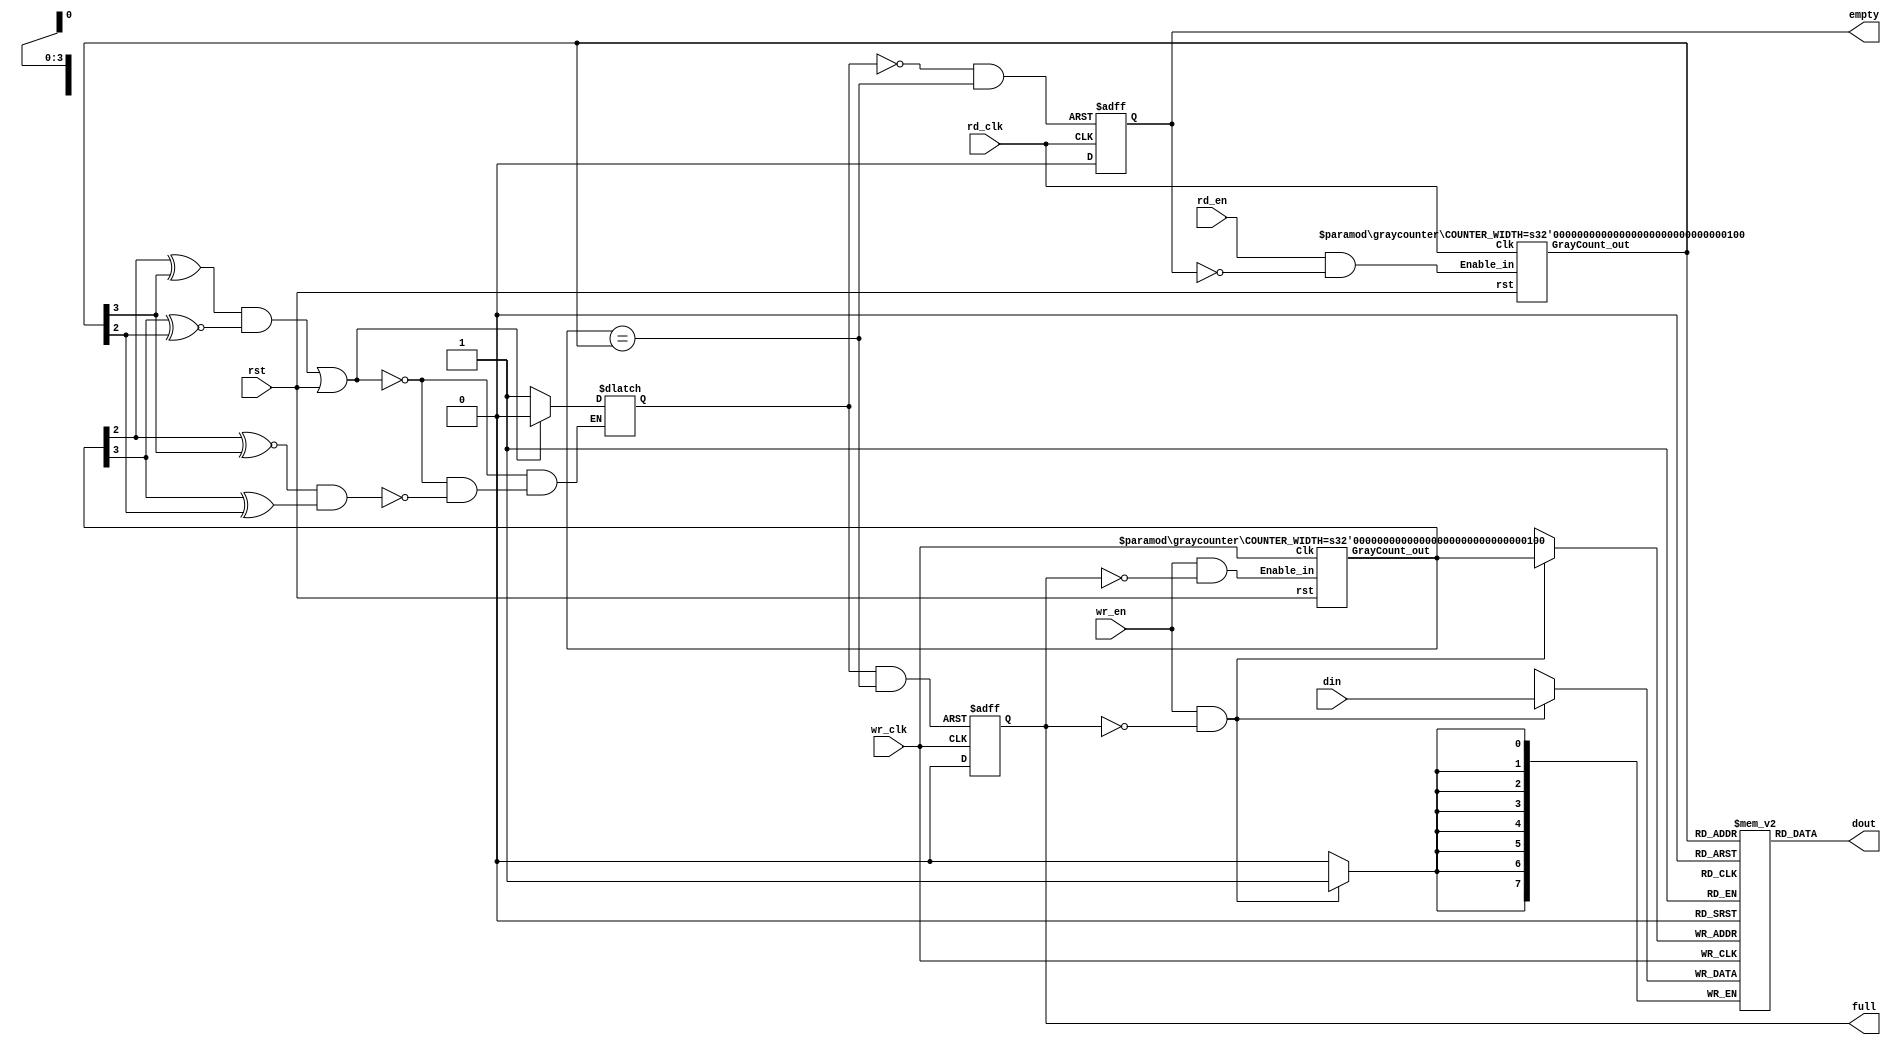
//==========================================
// Function : Asynchronous FIFO (w/ 2 asynchronous clocks).
// Coder    : Alex Claros F.
// Notes    : This implementation is based on the article 
//            'Asynchronous FIFO in Virtex-II FPGAs'
//            writen by Peter Alfke. This TechXclusive 
//            article can be downloaded from the
//            Xilinx website. It has some minor modifications.
//=========================================

`timescale 1ns / 1ps

module asfifo
  #(parameter    DATA_WIDTH    = 8,
                 ADDRESS_WIDTH = 4,
                 FIFO_DEPTH    = (1 << ADDRESS_WIDTH))
     //Reading port
    (output wire [DATA_WIDTH-1:0]        dout, 
     output reg                          empty,
     input wire                          rd_en,
     input wire                          rd_clk,        
     //Writing port.	 
     input wire  [DATA_WIDTH-1:0]        din,  
     output reg                          full,
     input wire                          wr_en,
     input wire                          wr_clk,
     
     input wire                          rst);

    /////Internal connections & variables//////
    reg   [DATA_WIDTH-1:0]              Mem [FIFO_DEPTH-1:0];
    wire  [ADDRESS_WIDTH-1:0]           pNextWordToWrite, pNextWordToRead;
    wire                                EqualAddresses;
    wire                                NextWriteAddressEn, NextReadAddressEn;
    wire                                Set_Status, Rst_Status;
    reg                                 Status;
    wire                                PresetFull, PresetEmpty;
    
    //////////////Code///////////////
    //Data ports logic:
    //(Uses a dual-port RAM).
    //'dout' logic:
    assign  dout = Mem[pNextWordToRead];
//    always @ (posedge rd_clk)
//        if (!PresetEmpty)
//            dout <= Mem[pNextWordToRead];
//        if (rd_en & !empty)
            
    //'din' logic:
    always @ (posedge wr_clk)
        if (wr_en & !full)
            Mem[pNextWordToWrite] <= din;

    //Fifo addresses support logic: 
    //'Next Addresses' enable logic:
    assign NextWriteAddressEn = wr_en & ~full;
    assign NextReadAddressEn  = rd_en  & ~empty;
           
    //Addreses (Gray counters) logic:
    graycounter #(
		.COUNTER_WIDTH( ADDRESS_WIDTH )
    ) GrayCounter_pWr (
        .GrayCount_out(pNextWordToWrite),
        .Enable_in(NextWriteAddressEn),
        .rst(rst),
        
        .Clk(wr_clk)
       );
       
    graycounter #(
		.COUNTER_WIDTH( ADDRESS_WIDTH )
    ) GrayCounter_pRd (
        .GrayCount_out(pNextWordToRead),
        .Enable_in(NextReadAddressEn),
        .rst(rst),
        .Clk(rd_clk)
       );
     

    //'EqualAddresses' logic:
    assign EqualAddresses = (pNextWordToWrite == pNextWordToRead);

    //'Quadrant selectors' logic:
    assign Set_Status = (pNextWordToWrite[ADDRESS_WIDTH-2] ~^ pNextWordToRead[ADDRESS_WIDTH-1]) &
                         (pNextWordToWrite[ADDRESS_WIDTH-1] ^  pNextWordToRead[ADDRESS_WIDTH-2]);
                            
    assign Rst_Status = (pNextWordToWrite[ADDRESS_WIDTH-2] ^  pNextWordToRead[ADDRESS_WIDTH-1]) &
                         (pNextWordToWrite[ADDRESS_WIDTH-1] ~^ pNextWordToRead[ADDRESS_WIDTH-2]);
                         
    //'Status' latch logic:
    always @ (Set_Status, Rst_Status, rst) //D Latch w/ Asynchronous Clear & Preset.
        if (Rst_Status | rst)
            Status = 0;  //Going 'Empty'.
        else if (Set_Status)
            Status = 1;  //Going 'Full'.
            
    //'full' logic for the writing port:
    assign PresetFull = Status & EqualAddresses;  //'Full' Fifo.
    
    always @ (posedge wr_clk, posedge PresetFull) //D Flip-Flop w/ Asynchronous Preset.
        if (PresetFull)
            full <= 1;
        else
            full <= 0;
            
    //'empty' logic for the reading port:
    assign PresetEmpty = ~Status & EqualAddresses;  //'Empty' Fifo.
    
    always @ (posedge rd_clk, posedge PresetEmpty)  //D Flip-Flop w/ Asynchronous Preset.
        if (PresetEmpty)
            empty <= 1;
        else
            empty <= 0;

endmodule





module graycounter
   #(parameter   COUNTER_WIDTH = 2)
   
    (output reg  [COUNTER_WIDTH-1:0]    GrayCount_out,  //'Gray' code count output.
    
     input wire                         Enable_in,  //Count enable.
     input wire                         rst,   //Count reset.
    
     input wire                         Clk);

    /////////Internal connections & variables///////
    reg    [COUNTER_WIDTH-1:0]         BinaryCount;

    /////////Code///////////////////////
    
    always @ (posedge Clk)
        if (rst) begin
            BinaryCount   <= {COUNTER_WIDTH{1'b 0}} + 1;  //Gray count begins @ '1' with
            GrayCount_out <= {COUNTER_WIDTH{1'b 0}};      // first 'Enable_in'.
        end
        else if (Enable_in) begin
            BinaryCount   <= BinaryCount + 1;
            GrayCount_out <= {BinaryCount[COUNTER_WIDTH-1],
                              BinaryCount[COUNTER_WIDTH-2:0] ^ BinaryCount[COUNTER_WIDTH-1:1]};
        end

endmodule